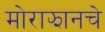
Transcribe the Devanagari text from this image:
मोराझानचे